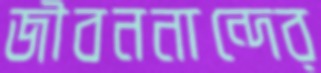
জীবননান্দের